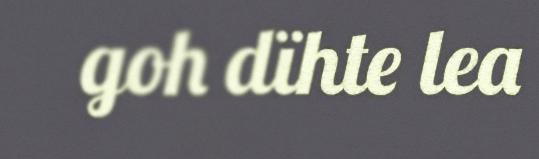
goh dïhte lea